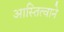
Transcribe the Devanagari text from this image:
आस्तित्वाने